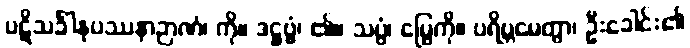
ပဋိသင်္ခါနုပဿနာဉာဏံ၊ ကို။ ဒဋ္ဌဗ္ဗံ၊ ၏။ သပ္ပံ၊ မြွေကို။ ပရိဗ္ဘမေတွာ၊ ဦးခေါင်း၏